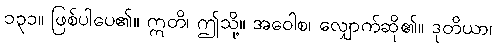
၁၃၁။ ဖြစ်ပါပေ၏။ ဣတိ၊ ဤသို့။ အဝေါစ၊ လျှောက်ဆို၏။ ဒုတိယာ၊